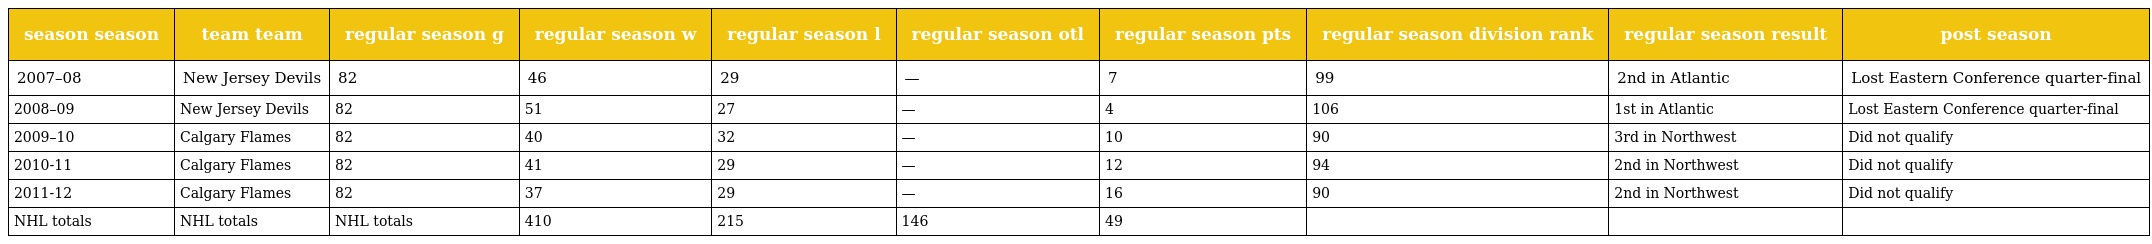
| season season | team team | regular season g | regular season w | regular season l | regular season otl | regular season pts | regular season division rank | regular season result | post season |
 | --- | --- | --- | --- | --- | --- | --- | --- | --- | --- |
 | 2007–08 | New Jersey Devils | 82 | 46 | 29 | — | 7 | 99 | 2nd in Atlantic | Lost Eastern Conference quarter-final |
 | 2008–09 | New Jersey Devils | 82 | 51 | 27 | — | 4 | 106 | 1st in Atlantic | Lost Eastern Conference quarter-final |
 | 2009–10 | Calgary Flames | 82 | 40 | 32 | — | 10 | 90 | 3rd in Northwest | Did not qualify |
 | 2010-11 | Calgary Flames | 82 | 41 | 29 | — | 12 | 94 | 2nd in Northwest | Did not qualify |
 | 2011-12 | Calgary Flames | 82 | 37 | 29 | — | 16 | 90 | 2nd in Northwest | Did not qualify |
 | NHL totals | NHL totals | NHL totals | 410 | 215 | 146 | 49 |  |  |  |